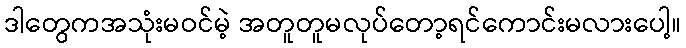
ဒါတွေကအသုံးမဝင်မဲ့ အတူတူမလုပ်တော့ရင်ကောင်းမလားပေါ့။